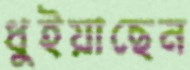
ধুইয়াছেন